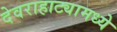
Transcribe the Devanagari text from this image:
देवराहाट्यामध्ये